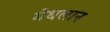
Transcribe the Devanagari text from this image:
मेधलान